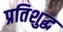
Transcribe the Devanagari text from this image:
प्रतिशुद्ध